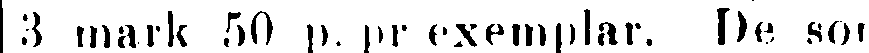
3 mark 50 p. pr exemplar. De som